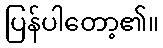
ပြန်ပါတော့၏။